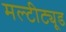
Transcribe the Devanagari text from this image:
मल्टीट्यूड